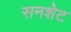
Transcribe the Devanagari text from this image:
सनशेट